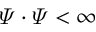
\varPsi \cdot \varPsi < \infty